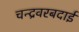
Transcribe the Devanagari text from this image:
चन्द्रवरबदाई